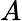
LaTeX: A